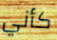
كأني